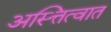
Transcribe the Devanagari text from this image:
अस्त्तित्वात